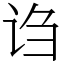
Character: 诌